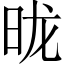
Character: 昽